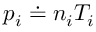
p _ { i } \doteq n _ { i } T _ { i }